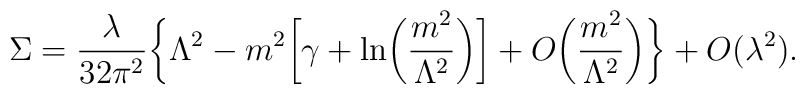
\Sigma=\frac{\lambda}{32\pi^2}\biggl\{\Lambda^2-m^2\biggl[\gamma+\ln\biggl(\frac{m^2}{\Lambda^2}\biggr)\biggr]+O\biggl(\frac{m^2}{\Lambda^2}\biggr)\biggr\}+O(\lambda^2).